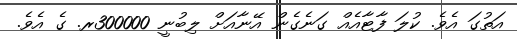
އަތުގަ އެވެ. ކުލަ ފާޓާއެއް ގަނެގެން އޭނާއަށް ލިބުނީ 300000ރ. ގެ އެވެ.